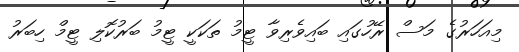
މިއަހަރުގެ މަސް ރޭހުގައި ބައިވެރިވާ ޓީމު ތަކަކީ ޓީމު ބަރުކޮލި ޓީމް ހިބަރު